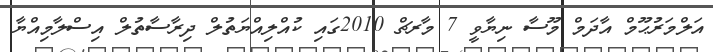
އަލްމަރުޙޫމް އާދަމް މޫސާ ނިޔާވީ 7 މާރޗް 2010ގައި ކުއްލިއްޔަތުލް ދިރާސާތުލް އިސްލާމިއްޔާ